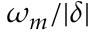
\omega _ { m } / | \delta |